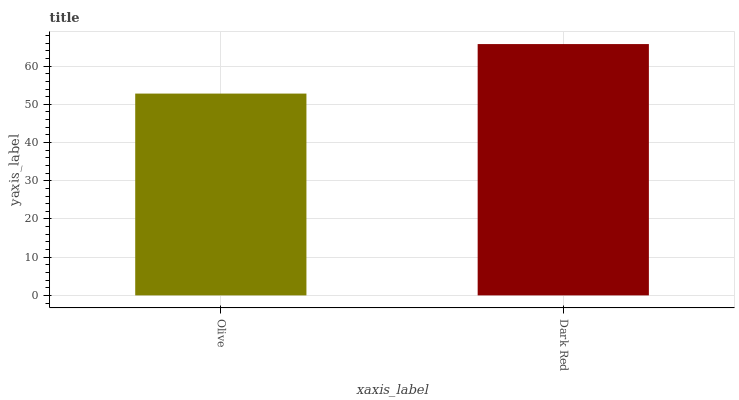
| xaxis_label | bars |
 | --- | --- |
 | Olive | 52.8 |
 | Dark Red | 65.8 |